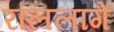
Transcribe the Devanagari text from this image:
राललागे